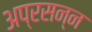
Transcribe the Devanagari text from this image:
अप्रसन्‍न